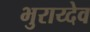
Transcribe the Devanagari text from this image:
भुराय्देव